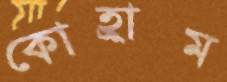
কোহ্রাম